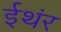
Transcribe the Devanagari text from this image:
ईथंर